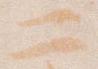
二